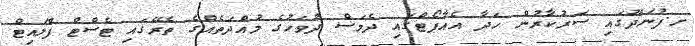
ށ.ފުނަދޫގައި ސަރުކާރުން ހަދާ އެއާޕޯޓްގައި ދެމަސް ދުވަހުގެ މުއްދަަތެއްގެ ތެރޭގައި ޓެސްޓް ފްލައިޓް